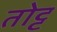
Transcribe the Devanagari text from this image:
तोट्ट